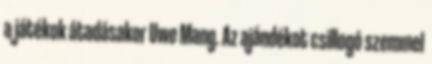
a játékok átadásakor Uwe Mang. Az ajándékot csillogó szemmel